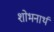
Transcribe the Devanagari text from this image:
शोभनार्थ